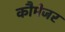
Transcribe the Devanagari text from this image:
कौमेजर